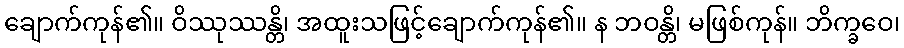
ချောက်ကုန်၏။ ဝိဿုဿန္တိ၊ အထူးသဖြင့်ချောက်ကုန်၏။ န ဘဝန္တိ၊ မဖြစ်ကုန်။ ဘိက္ခဝေ၊